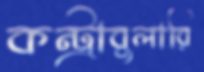
কন্ট্রাবুলারি